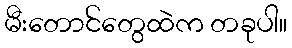
မီးတောင်တွေထဲက တခုပါ။